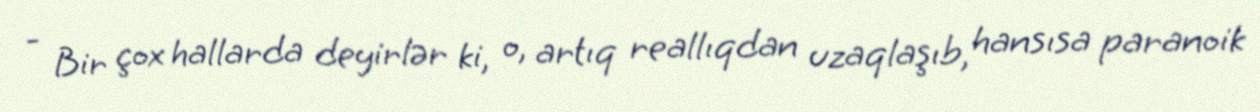
- Bir çox hallarda deyirlər ki, o, artıq reallıqdan uzaqlaşıb, hansısa paranoik